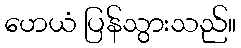
ဟေယံ ပြန်သွားသည်။